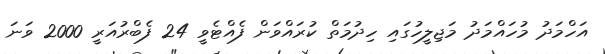
އަހްމަދު މުހައްމަދު މަޖިލީހުގައި ހިދުމަތް ކުރައްވަން ފެއްޓެވީ 24 ފެބްރުއަރީ 2000 ވަނަ